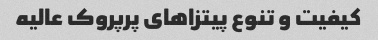
کیفیت و تنوع پیتزاهای پرپروک عالیه